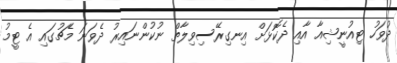
ދުވަހު ޓިއުނީޝިއާ އާއި ދެކޮޅަށް އިނގިރޭސިވިލާތް ނުކުންނައިރު ދެވަނަ މެޗުގައި އެ ޓީމު